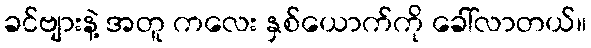
ခင်ဗျားနဲ့ အတူ ကလေး နှစ်ယောက်ကို ခေါ်လာတယ်။